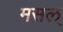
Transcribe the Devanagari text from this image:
मसल्‌